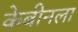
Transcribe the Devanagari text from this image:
केबीनला